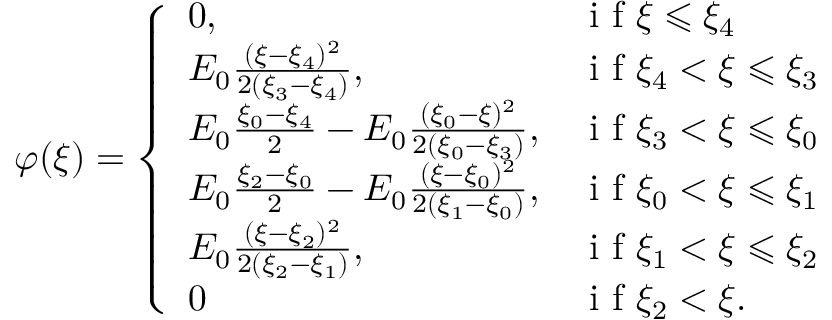
\begin{array} { r } { \varphi ( \xi ) = \left\{ \begin{array} { l l } { 0 , } & { \mathrm { ~ i ~ f ~ } \xi \leqslant \xi _ { 4 } } \\ { E _ { 0 } \frac { ( \xi - \xi _ { 4 } ) ^ { 2 } } { 2 ( \xi _ { 3 } - \xi _ { 4 } ) } , } & { \mathrm { ~ i ~ f ~ } \xi _ { 4 } < \xi \leqslant \xi _ { 3 } } \\ { E _ { 0 } \frac { \xi _ { 0 } - \xi _ { 4 } } { 2 } - E _ { 0 } \frac { ( \xi _ { 0 } - \xi ) ^ { 2 } } { 2 ( \xi _ { 0 } - \xi _ { 3 } ) } , } & { \mathrm { ~ i ~ f ~ } \xi _ { 3 } < \xi \leqslant \xi _ { 0 } } \\ { E _ { 0 } \frac { \xi _ { 2 } - \xi _ { 0 } } { 2 } - E _ { 0 } \frac { ( \xi - \xi _ { 0 } ) ^ { 2 } } { 2 ( \xi _ { 1 } - \xi _ { 0 } ) } , } & { \mathrm { ~ i ~ f ~ } \xi _ { 0 } < \xi \leqslant \xi _ { 1 } } \\ { E _ { 0 } \frac { ( \xi - \xi _ { 2 } ) ^ { 2 } } { 2 ( \xi _ { 2 } - \xi _ { 1 } ) } , } & { \mathrm { ~ i ~ f ~ } \xi _ { 1 } < \xi \leqslant \xi _ { 2 } } \\ { 0 } & { \mathrm { ~ i ~ f ~ } \xi _ { 2 } < \xi . } \end{array} \right. } \end{array}